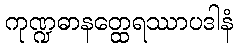
ကုဏ္ဍဓာနတ္ထေရဿာပဒါနံ